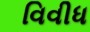
વિવીધ